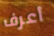
أعرف